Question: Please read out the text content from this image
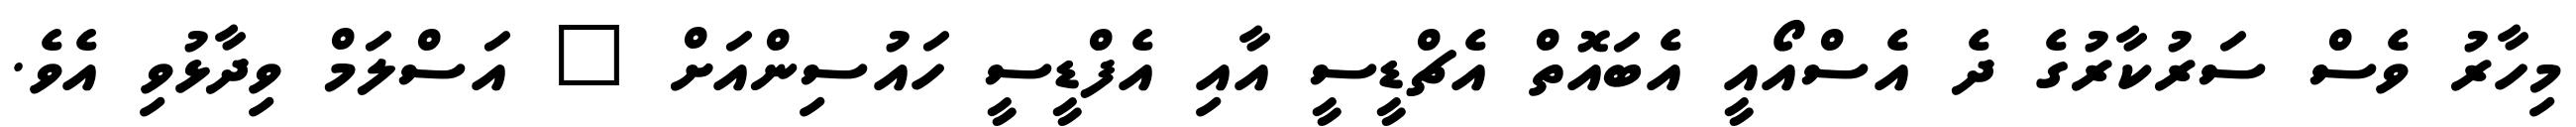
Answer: މިހާރު ވެސް ސަރުކާރުގެ ދެ އެސްއޯއީ އެބައޮތް އެޗްޑީސީ އާއި އެފްޑީސީ ހައުސިންއަށް " އަސްލަމް ވިދާޅުވި އެވެ.